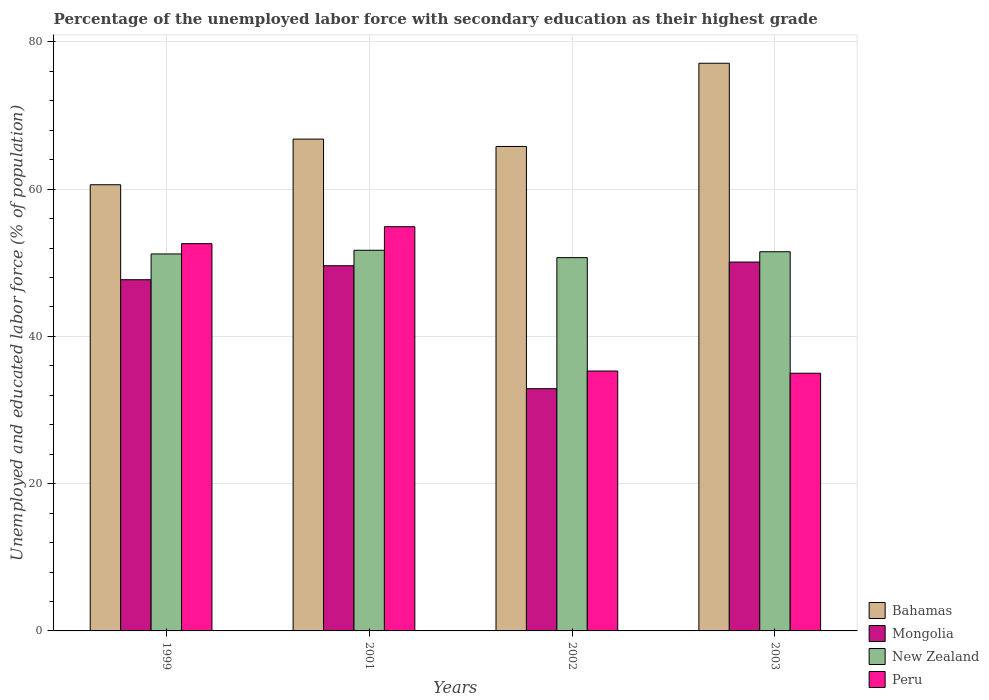
| Years | Bahamas | Mongolia | New Zealand | Peru |
 | --- | --- | --- | --- | --- |
 | 1999 | 60.6 | 47.7 | 51.2 | 52.6 |
 | 2001 | 66.8 | 49.6 | 51.7 | 54.9 |
 | 2002 | 65.8 | 32.9 | 50.7 | 35.3 |
 | 2003 | 77.1 | 50.1 | 51.5 | 35 |